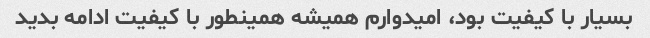
بسیار با کیفیت بود، امیدوارم همیشه همینطور با کیفیت ادامه بدید